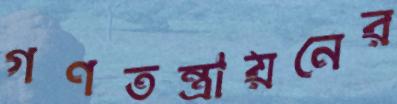
গণতন্ত্রায়নের